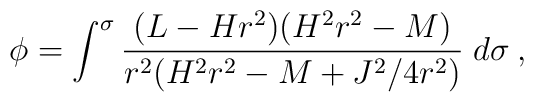
\phi=\int^\sigma\frac{(L-Hr^2)(H^2r^2-M)}{r^2(H^2r^2-M+J^2/4r^2)}\;d\sigma\:,